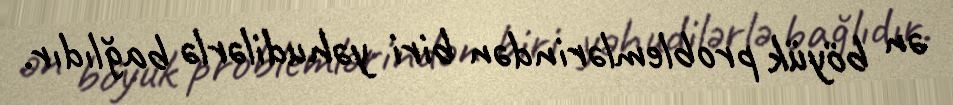
ən böyük problemlərindən biri yəhudilərlə bağlıdır.